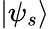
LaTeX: |\psi_{s}\rangle